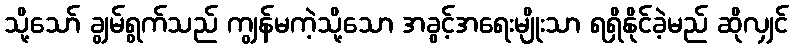
သို့သော် ချွမ်ရွက်သည် ကျွန်မကဲ့သို့သော အခွင့်အရေးမျိုးသာ ရရှိနိုင်ခဲ့မည် ဆိုလျှင်